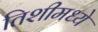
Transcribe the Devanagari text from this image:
तिशीमध्ये